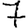
Digit: 7